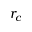
r _ { c }